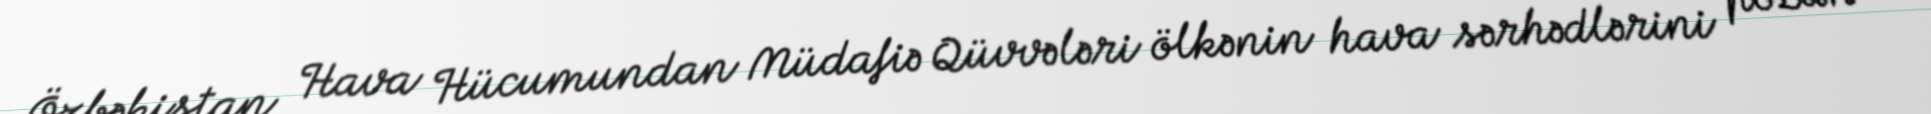
Özbəkistan Hava Hücumundan Müdafiə Qüvvələri ölkənin hava sərhədlərini pozan